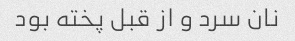
نان سرد و از قبل پخته بود